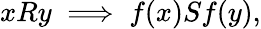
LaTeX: xRy\implies f(x)Sf(y),